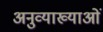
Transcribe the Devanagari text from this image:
अनुव्याख्याओं